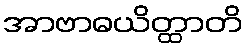
အာဗာဓယိတ္ထာတိ